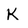
Character: k